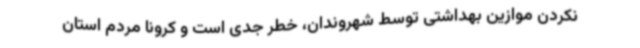
نکردن موازین بهداشتی توسط شهروندان، خطر جدی است و کرونا مردم استان